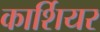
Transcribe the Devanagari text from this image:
कार्शियर